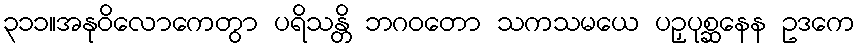
၃၁၁။အနုဝိလောကေတွာ ပရိသန္တိ ဘဂဝတော သကသမယေ ပဉှပုစ္ဆနေန ဥဒကေ